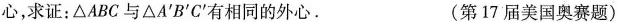
心，求证：△ABC与△A^{\prime}B^{\prime}C^{\prime}有相同的外心。 (第17届美国奥赛题)